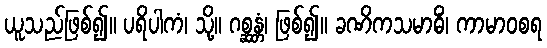
ယူသည်ဖြစ်၍။ ပရိပါကံ၊ သို့။ ဂစ္ဆန္တံ၊ ဖြစ်၍။ ခဏိကသမာဓိံ၊ ကာမာဝစရ